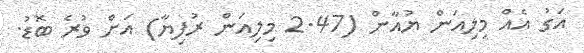
އަގު އެއް މިލިއަން ޔުއާން (2.47 މިލިއަން ރުފިޔާ) އަށް ވުރެ ބޮޑު.